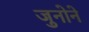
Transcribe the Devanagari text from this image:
जुनोने